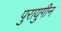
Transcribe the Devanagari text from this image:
पुरायुगीन